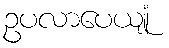
ဥပလာပေယျုံ